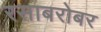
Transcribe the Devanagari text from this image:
रसाबरोबर